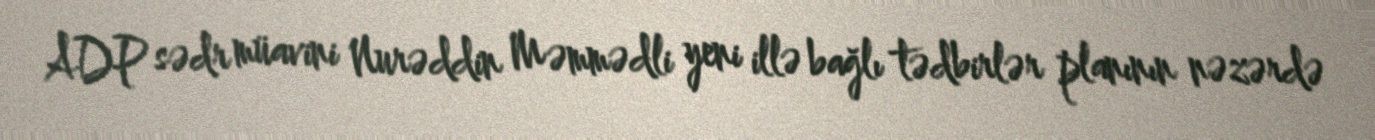
ADP sədr müavini Nurəddin Məmmədli yeni illə bağlı tədbirlər planının nəzərdə